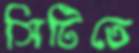
সিটিতে